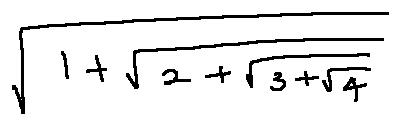
\sqrt { 1 + \sqrt { 2 + \sqrt { 3 + \sqrt { 4 } } } }